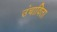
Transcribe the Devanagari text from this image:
उंचाविता